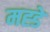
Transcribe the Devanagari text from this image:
मह्डे